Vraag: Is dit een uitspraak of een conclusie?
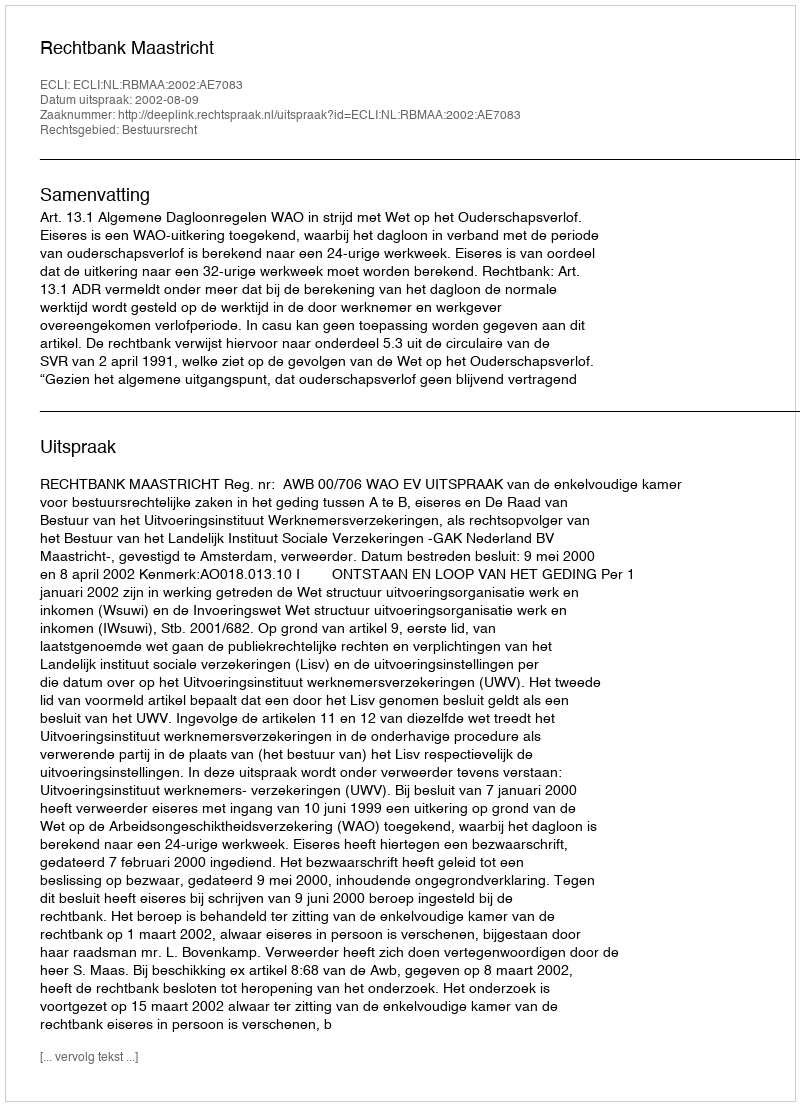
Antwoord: Uitspraak